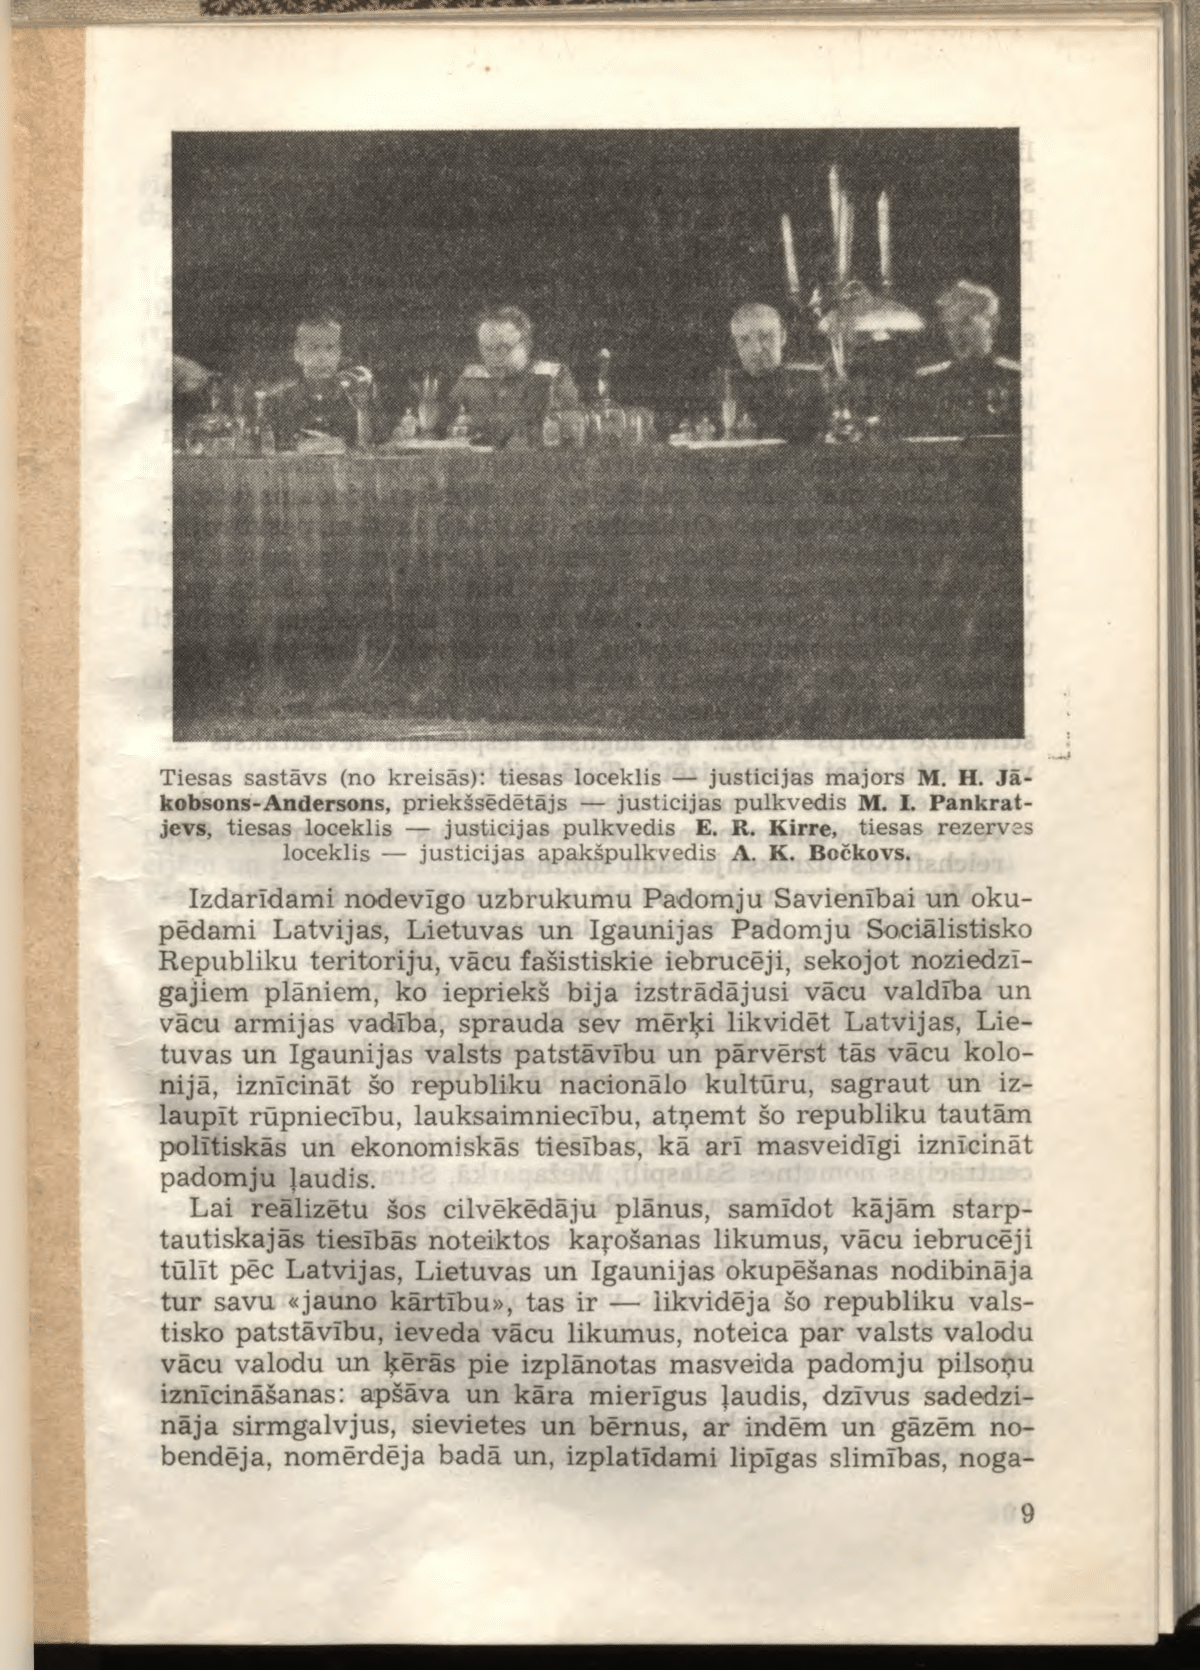
Language: lv